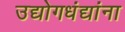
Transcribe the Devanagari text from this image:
उद्योगधंद्यांना